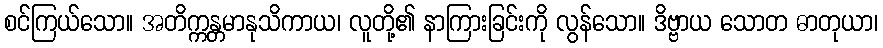
စင်ကြယ်သော။ အတိက္ကန္တမာနုသိကာယ၊ လူတို့၏ နာကြားခြင်းကို လွန်သော။ ဒိဗ္ဗာယ သောတ ဓာတုယာ၊